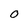
Character: 0